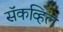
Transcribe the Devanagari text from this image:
सॅकव्हिल